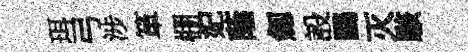
珥弓涉箪棚妃蔭劔設鷗灭駭